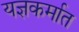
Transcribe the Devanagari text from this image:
यज्ञकर्मात